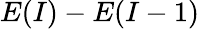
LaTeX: E(I){}-E(I{}-1)